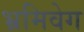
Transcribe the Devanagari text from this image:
भ्रमिवेग